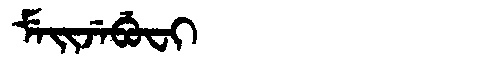
Manchu: ᠮᡝᡳᠵᡝᠪᡠᠸᡳ
Romanization: MEIJEBUFI